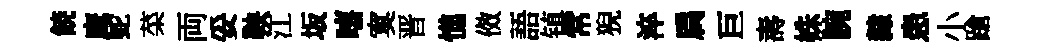
𩜙鹰蛇菜両妥鞅江坂嘻寞晋憔傚語镇常猊淬扃巨夀姝腕隸患小蹌